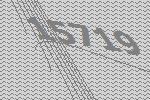
15719